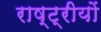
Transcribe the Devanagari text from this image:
राष्ट्रीयों